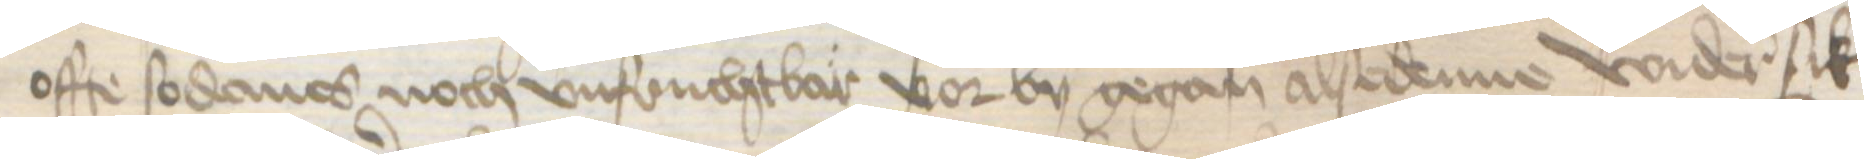
offe sodanes noch vnfruchtbar vor by gegan alsedenne wider sik